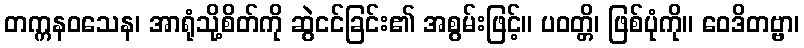
တက္ကနဝသေန၊ အာရုံသို့စိတ်ကို ဆွဲငင်ခြင်း၏ အစွမ်းဖြင့်။ ပဝတ္တိ၊ ဖြစ်ပုံကို။ ဝေဒိတဗ္ဗာ၊